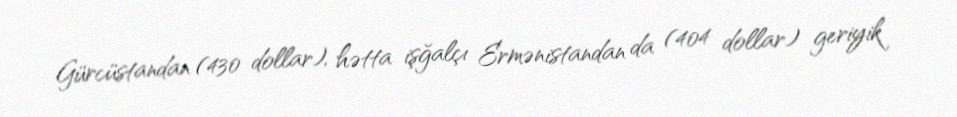
Gürcüstandan (430 dollar), hətta işğalçı Ermənistandan da (404 dollar) geriyik